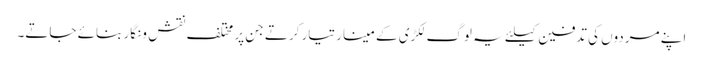
اپنے مردوں کی تدفین کیلئے یہ لوگ لکڑی کے مینار تیار کرتے جن پر مختلف نقش و نگار بنائے جاتے۔